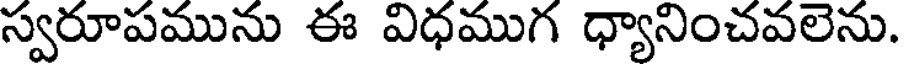
స్వరూపమును ఈ విధముగ ధ్యానించవలెను.